Scottish Certificate of Education, 1962
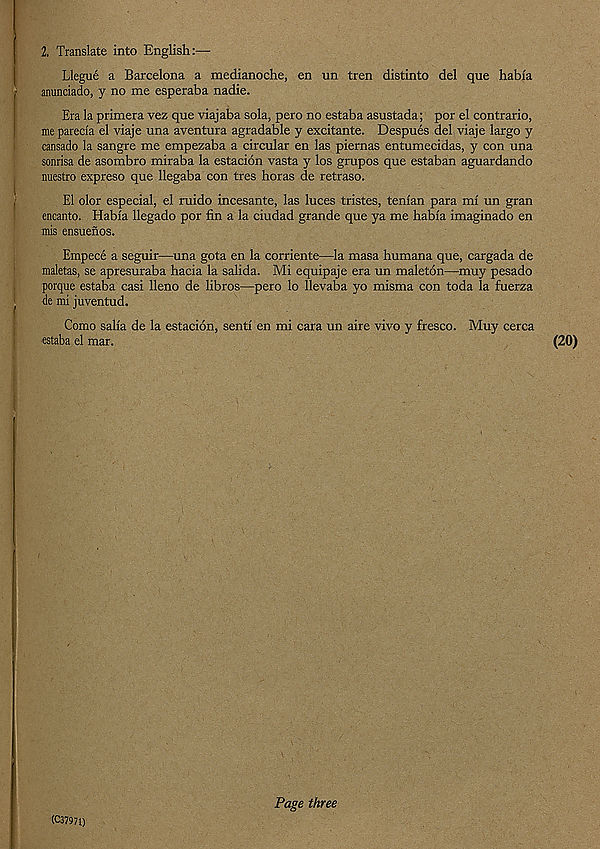
2. Translate into English:—
Llegue a Barcelona a medianoche, en un tren distinto del que habia
anunciado, y no me esperaba nadie.
Era la primera vez que viajaba sola, pero no estaba asustada; por el contrario,
me parecia el viaje una aventura agradable y excitante. Despues del viaje largo y
cansado la sangre me empezaba a circular en las piernas entumecidas, y con una
sonrisa de asombro miraba la estacion vasta y los grupos que estaban aguardando
nuestro expreso que llegaba con tres horas de retraso.
El olor especial, el ruido incesante, las luces tristes, tenian para mi un gran
encanto. Habia llegado por fin a la ciudad grande que ya me habia imaginado en
mis ensuenos.
Empece a seguir—una gota en la corriente—la masa humana que, cargada de
maletas, se apresuraba hacia la salida. Mi equipaje era un maleton—muy pesado
porque estaba casi lleno de libros—pero lo llevaba yo misma con toda la fuerza
de mi juventud.
Como salia de la estacion, senti en mi cara un aire vivo y fresco. Muy cerca
estaba el mar.
(20)
(C37971)
Page three